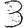
Digit: 3